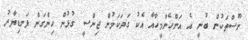
ނޫސްތަކުން ބުނީ އެ އަންހެންމީހާއާ އެކު ގަދަކަމުން ޖިންސީ ގުޅުން ހިންގަން ފަނޑިޔާރު